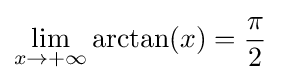
\lim _{x\rightarrow +\infty }\arctan(x)={\frac {\pi }{2}}